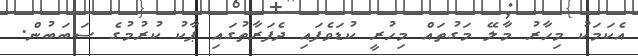
އެކަމަކު މިހާރު މާލޭ މަގުތައް މިހުރީ ކުޑަވެފައި ދެފަރާތުގައި ޕާކު ކުރުމުގެ ސަބަބުން.